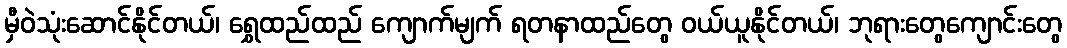
မှီဝဲသုံးဆောင်နိုင်တယ်၊ ရွှေထည်ထည် ကျောက်မျက် ရတနာထည်တွေ ဝယ်ယူနိုင်တယ်၊ ဘုရားတွေကျောင်းတွေ